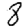
Digit: 8